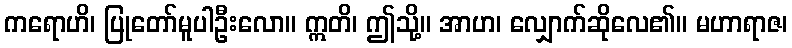
ကရောဟိ၊ ပြုတော်မူပါဦးလော။ ဣတိ၊ ဤသို့။ အာဟ၊ လျှောက်ဆိုလေ၏။ မဟာရာဇ၊